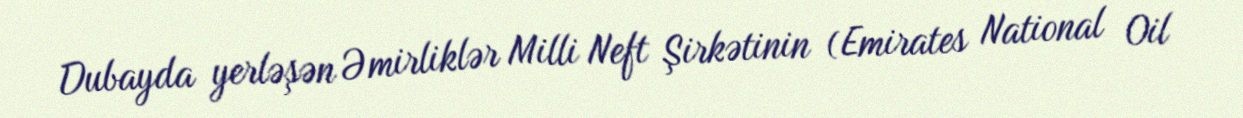
Dubayda yerləşən Əmirliklər Milli Neft Şirkətinin (Emirates National Oil